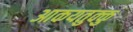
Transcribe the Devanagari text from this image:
आकयतुक्कु